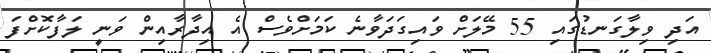
އަދި ވިލާގަނޑުގައި 55 މޭލަށް ވައިގަދަވާނެ ކަމަށްވެސް އެ އިދާރާއިން ވަނީ ލަފާކޮށްފަ